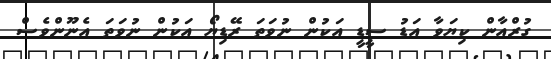
ގުރްއާން ކިޔަވާ އަޑު ސީޑީ އަކުން ނުވަތަ ރޭޑިޔޯ އަކުން ނުވަތަ އެނޫންވެސް